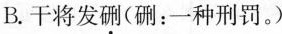
B.干将发硎(硎：一种刑罚。)